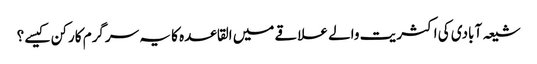
شیعہ آبادی کی اکثریت والے علاقے میں القاعدہ کا یہ سرگرم کارکن کیسے ؟